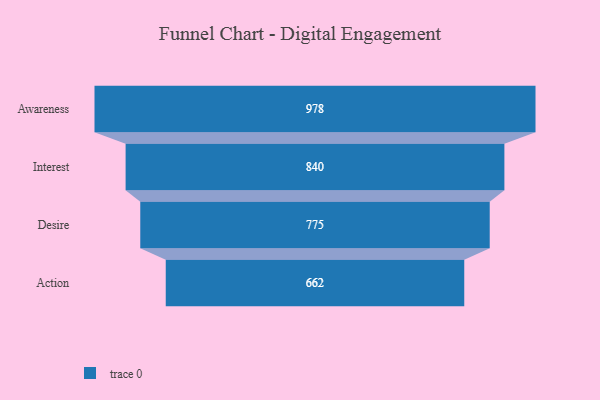
{"axis": {"x": "Stage", "y": "Value"}, "legend": [""], "data": [{"x": "Awareness", "y": 978.0, "type": ""}, {"x": "Interest", "y": 840.0, "type": ""}, {"x": "Desire", "y": 775.0, "type": ""}, {"x": "Action", "y": 662.0, "type": ""}]}